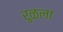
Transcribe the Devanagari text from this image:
रुळला